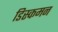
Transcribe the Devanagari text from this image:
डिस्कमन